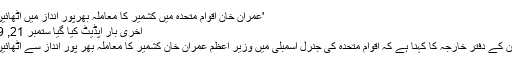
'عمران خان اقوام متحدہ میں کشمیر کا معاملہ بھرپور انداز میں اٹھائیں گے'
آخری بار اپڈیٹ کیا گیا ستمبر 21, 2019
پاکستان کے دفتر خارجہ کا کہنا ہے کہ اقوام متحدہ کی جنرل اسمبلی میں وزیر اعظم عمران خان کشمیر کا معاملہ بھر پور انداز سے اٹھائیں گے۔